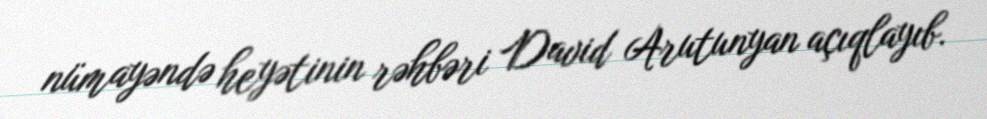
nümayəndə heyətinin rəhbəri David Arutunyan açıqlayıb.